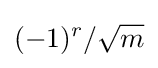
(-1)^{r}/{\sqrt {m}}